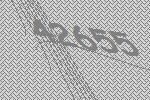
42655